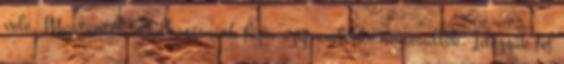
vele. Mostantól találkozásaink fájó, szép emlékké nemesültek. Idézzük fel